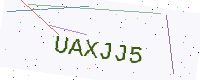
Text: UAXJJ5